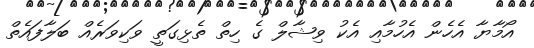
އޯމާޔާ އެހެން އެހުމާއި އެކު ވިޝާލް ގެ ހިތް ތެޅިގަތީ ވަކިވަރެއް ބަލާފައެތް